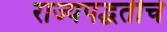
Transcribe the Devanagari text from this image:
राज्यपद्धतीचे